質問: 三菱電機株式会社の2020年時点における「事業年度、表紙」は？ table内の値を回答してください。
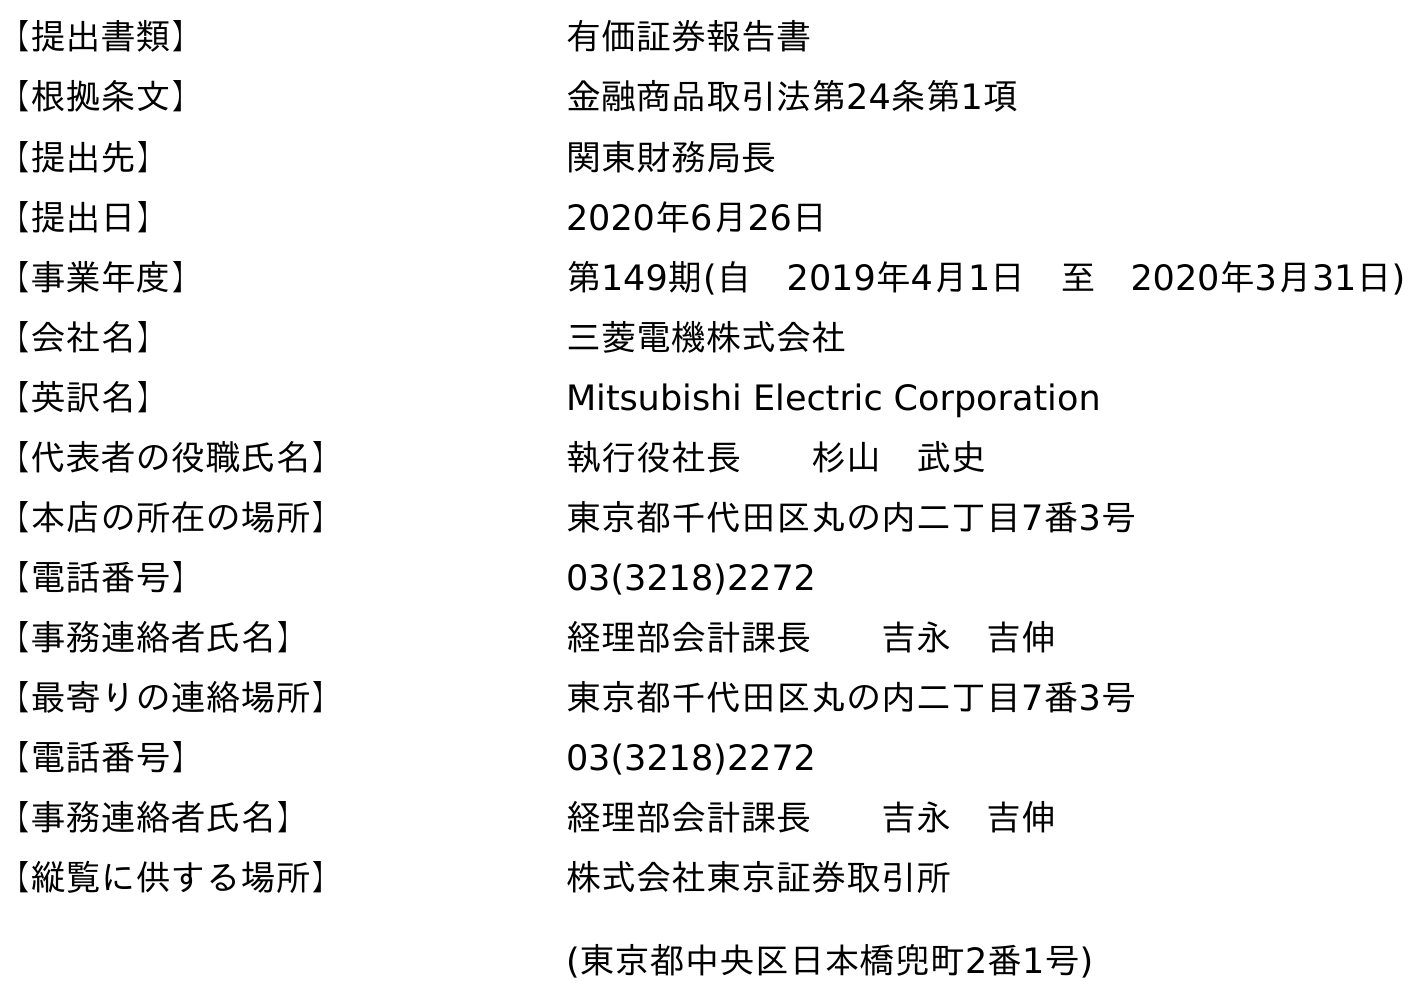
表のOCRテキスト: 【提出書類】 有価証券報告書 【根拠条文】 金融商品取引法第24条第1項 【提出先】 関東財務局長 【提出日】 2020年6月26日 【事業年度】 第149期(自 2019年4月1日 至 2020年3月31日) 【会社名】 三菱電機株式会社 【英訳名】 Mitsubishi Electric Corporation 【代表者の役職氏名】 執行役社長  杉山 武史 【本店の所在の場所】 東京都千代田区丸の内二丁目7番3号 【電話番号】 03(3218)2272 【事務連絡者氏名】 経理部会計課長  吉永 吉伸 【最寄りの連絡場所】 東京都千代田区丸の内二丁目7番3号 【電話番号】 03(3218)2272 【事務連絡者氏名】 経理部会計課長  吉永 吉伸 【縦覧に供する場所】 株式会社東京証券取引所 (東京都中央区日本橋兜町2番1号)
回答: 第149期(自　2019年4月1日　至　2020年3月31日)